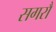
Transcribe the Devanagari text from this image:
सगरौ